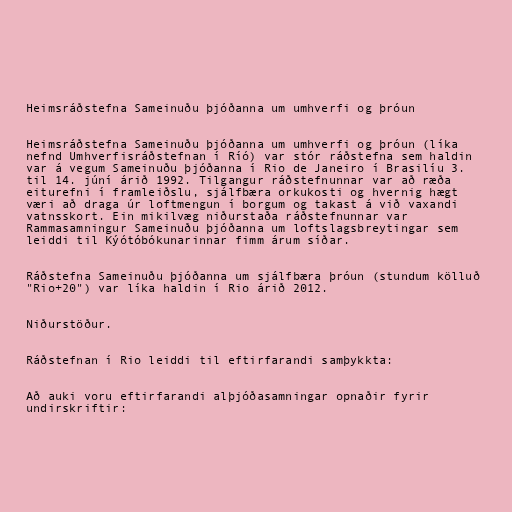
Heimsráðstefna Sameinuðu þjóðanna um umhverfi og þróun

Heimsráðstefna Sameinuðu þjóðanna um umhverfi og þróun (líka
nefnd Umhverfisráðstefnan í Ríó) var stór ráðstefna sem haldin
var á vegum Sameinuðu þjóðanna í Rio de Janeiro í Brasilíu 3.
til 14. júní árið 1992. Tilgangur ráðstefnunnar var að ræða
eiturefni í framleiðslu, sjálfbæra orkukosti og hvernig hægt
væri að draga úr loftmengun í borgum og takast á við vaxandi
vatnsskort. Ein mikilvæg niðurstaða ráðstefnunnar var
Rammasamningur Sameinuðu þjóðanna um loftslagsbreytingar sem
leiddi til Kýótóbókunarinnar fimm árum síðar.

Ráðstefna Sameinuðu þjóðanna um sjálfbæra þróun (stundum kölluð
"Rio+20") var líka haldin í Rio árið 2012.

Niðurstöður.

Ráðstefnan í Rio leiddi til eftirfarandi samþykkta:

Að auki voru eftirfarandi alþjóðasamningar opnaðir fyrir
undirskriftir: